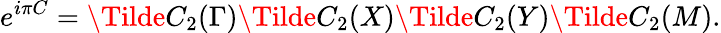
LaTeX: e^{i\pi C}=\Tilde{C}_{2}(\Gamma)\Tilde{C}_{2}(X)\Tilde{C}_{2}(Y)\Tilde{C}_{2}(M).